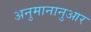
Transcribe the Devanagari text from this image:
अनुमानानुआर